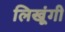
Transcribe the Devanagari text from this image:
लिखूंगी